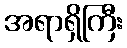
အရာရှိကြီး